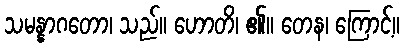
သမန္နာဂတော၊ သည်။ ဟောတိ၊ ၏။ တေန၊ ကြောင့်။